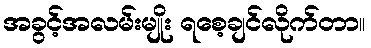
အခွင့်အလမ်းမျိုး ရစေ့ချင်လိုက်တာ။